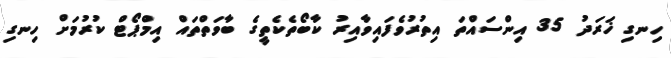
ހިނގި ޚަރަދު 35 އިންސައްތަ އިތުރުވެފައިވާއިރު ކާބޯތެކެތީގެ ބާވަތްތައް އިމްޕޯޓް ކުރުމަށް ހިނގި